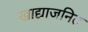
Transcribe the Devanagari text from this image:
खाद्याजनित